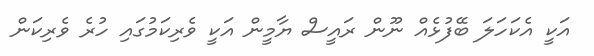
އަކީ އެކަހަލަ ބޭފުޅެއް ނޫން ރައީސް ޔާމީން އަކީ ވެރިކަމުގައި ހުރެ ވެރިކަން